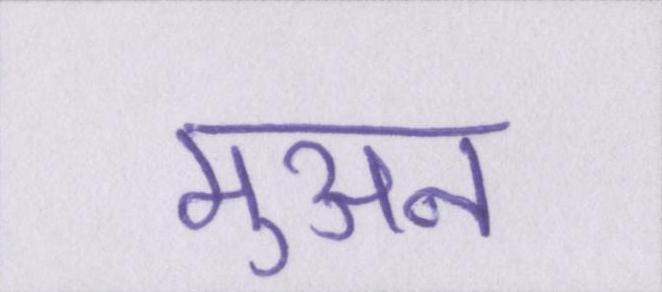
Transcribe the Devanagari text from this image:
मुअन